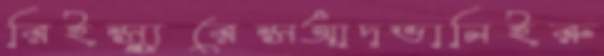
রিইন্স্যুরেন্সআদভানিইরু